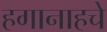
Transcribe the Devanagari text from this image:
हगानाहचे